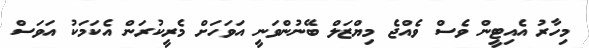
މިހާރު އެއިޓީން ވެސް ވެއްޖެ މިޔްޒަލް ބޭނުންވަނީ އަވަހަށް މެރީކުރަން އެކަމަކު އަވަސް